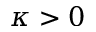
\kappa > 0